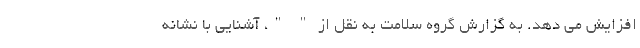
افزایش می دهد. به گزارش گروه سلامت به نقل از " "، آشنایی با نشانه